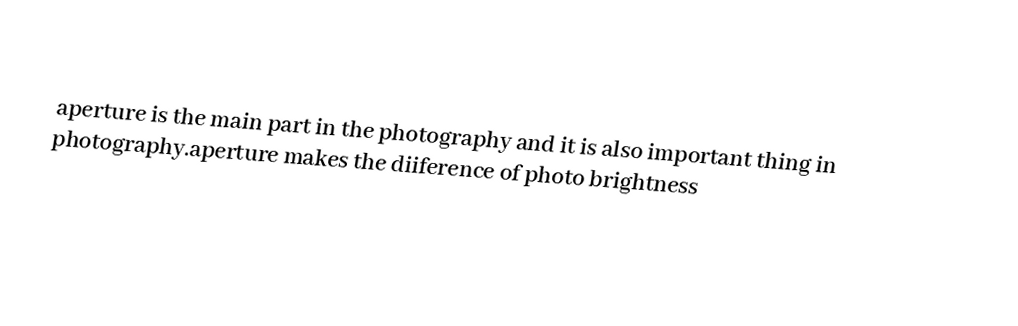

aperture is the main part in the photography and it is also important thing in photography.aperture makes the diiference of photo brightness